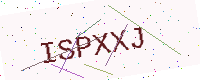
Text: ISPXXJ